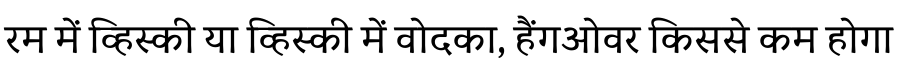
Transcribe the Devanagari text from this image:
रम में व्हिस्की या व्हिस्की में वोदका, हैंगओवर किससे कम होगा